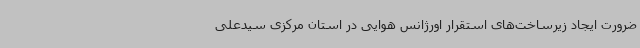
ضرورت ایجاد زیرساخت‌های استقرار اورژانس هوایی در استان مرکزی سیدعلی